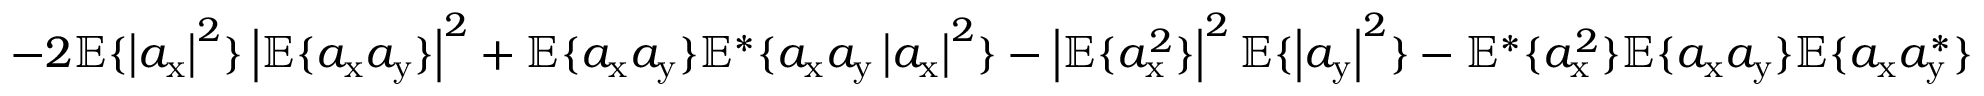
- 2 \mathbb { E } \{ \left| a _ { \mathrm { x } } \right| ^ { 2 } \} \left| \mathbb { E } \{ a _ { \mathrm { x } } a _ { \mathrm { y } } \} \right| ^ { 2 } + \mathbb { E } \{ a _ { \mathrm { x } } a _ { \mathrm { y } } \} \mathbb { E } ^ { * } \{ a _ { \mathrm { x } } a _ { \mathrm { y } } \left| a _ { \mathrm { x } } \right| ^ { 2 } \} - \left| \mathbb { E } \{ a _ { \mathrm { x } } ^ { 2 } \} \right| ^ { 2 } \mathbb { E } \{ \left| a _ { \mathrm { y } } \right| ^ { 2 } \} - \mathbb { E } ^ { * } \{ a _ { \mathrm { x } } ^ { 2 } \} \mathbb { E } \{ a _ { \mathrm { x } } a _ { \mathrm { y } } \} \mathbb { E } \{ a _ { \mathrm { x } } a _ { \mathrm { y } } ^ { * } \}